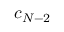
c _ { N - 2 }